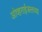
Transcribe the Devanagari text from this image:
ओव्हराईजलच्या